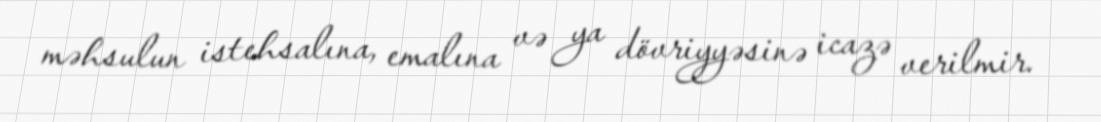
məhsulun istehsalına, emalına və ya dövriyyəsinə icazə verilmir.